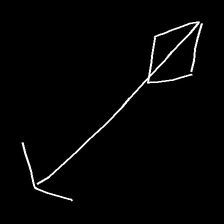
Glyph: focus